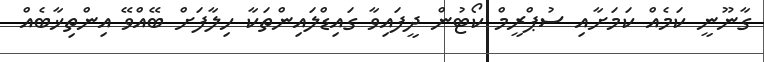
ގާނޫނީ ކަމެއް ކަމަށާއި ސުޕްރީމް ކޯޓުން ދީފައިވާ ގައިޑްލައިންތަކާ ހިލާފަށް ބޭއްވޭ އިންތިޚާބެއް